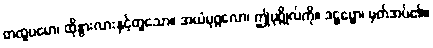
တထူပမော၊ ထိုနွားလားနှင့်တူသော။ အယံပုဂ္ဂလော၊ ဤပုဂ္ဂိုလ်ကို။ ဒဋ္ဌဗ္ဗော၊ မှတ်အပ်၏။